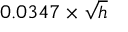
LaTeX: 0 . 0 3 4 7 \times { \sqrt { h } }